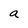
Character: a